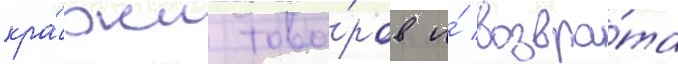
кра́жи това́ров и́ возвра́та